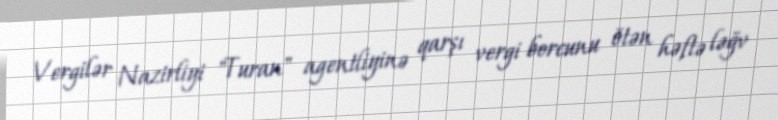
Vergilər Nazirliyi "Turan" agentliyinə qarşı vergi borcunu ötən həftə ləğv